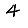
Digit: 4